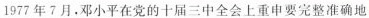
1977年7月，邓小平在党的十届三中全会上重申要完整准确地